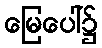
မြေပေါ်၌